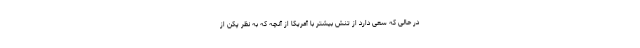
در حالی كه سعی دارد از تنش بیشتر با آمریکا از آنچه كه به نظر پکن از